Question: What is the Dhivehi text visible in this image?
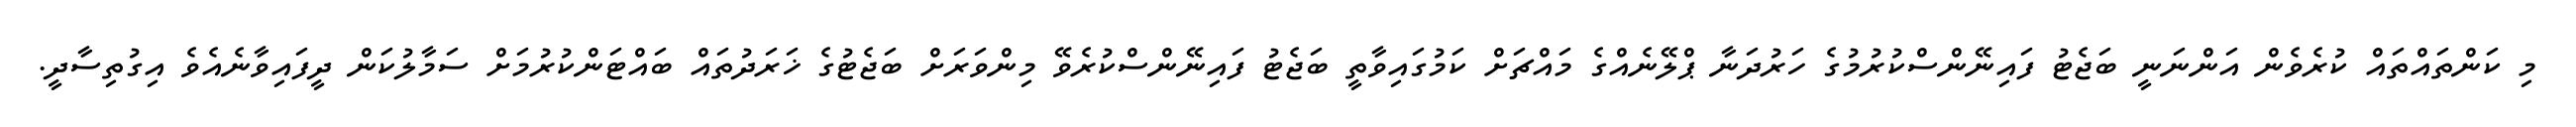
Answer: މި ކަންތައްތައް ކުރެވެން އަންނަނީ ބަޖެޓު ފައިނޭންސްކުރުމުގެ ހަރުދަނާ ޕްލޭނެއްގެ މައްޗަށް ކަމުގައިވާތީ ބަޖެޓު ފައިނޭންސްކުރެވޭ މިންވަރަށް ބަޖެޓުގެ ޚަރަދުތައް ބައްޓަންކުރުމަށް ސަމާލުކަން ދީފައިވާނެއެވެ އިގުތިސާދީ.